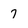
Character: 7